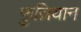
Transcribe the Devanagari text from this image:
फ़ुज़ियान